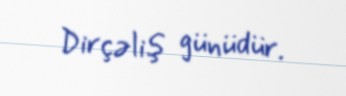
Dirçəliş günüdür.